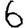
Digit: 6